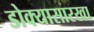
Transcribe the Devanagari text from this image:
डोक्यासारखा